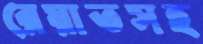
রেয়াতসহ